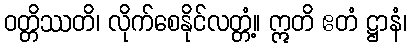
ဝတ္တိဿတိ၊ လိုက်စေနိုင်လတ္တံ့။ ဣတိ ဧတံ ဋ္ဌာနံ၊